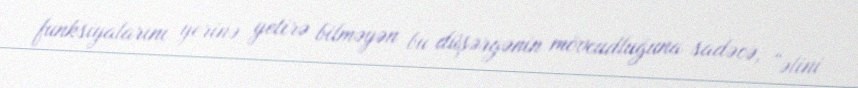
funksiyalarını yerinə yetirə bilməyən bu düşərgənin mövcudluğuna sadəcə, “əlini